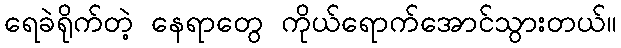
ရေခဲရိုက်တဲ့ နေရာတွေ ကိုယ်ရောက်အောင်သွားတယ်။